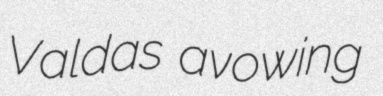
Valdas avowing